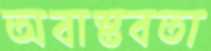
অবাস্তবতা